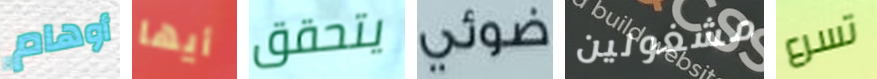
أوهام أيها يتحقق ضوئي مشغولين تسرع